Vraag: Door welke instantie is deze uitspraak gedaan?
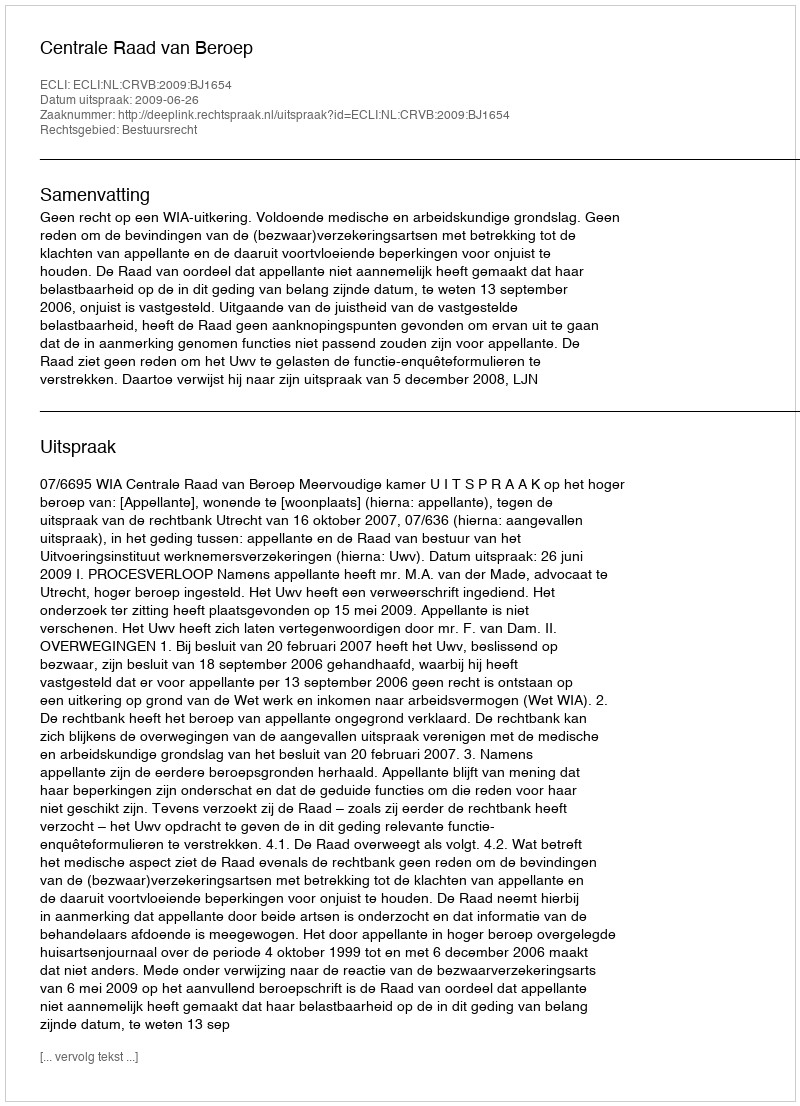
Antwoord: Centrale Raad van Beroep